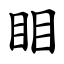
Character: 䀠